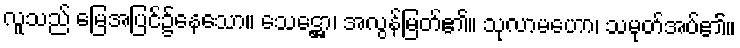
လူသည် မြေအပြင်၌နေသော။ သေဋ္ဌော၊ အလွန်မြတ်၏။ သုလာမဟော၊ သမုတ်အပ်၏။